Leaving Certificate Examination, 1920
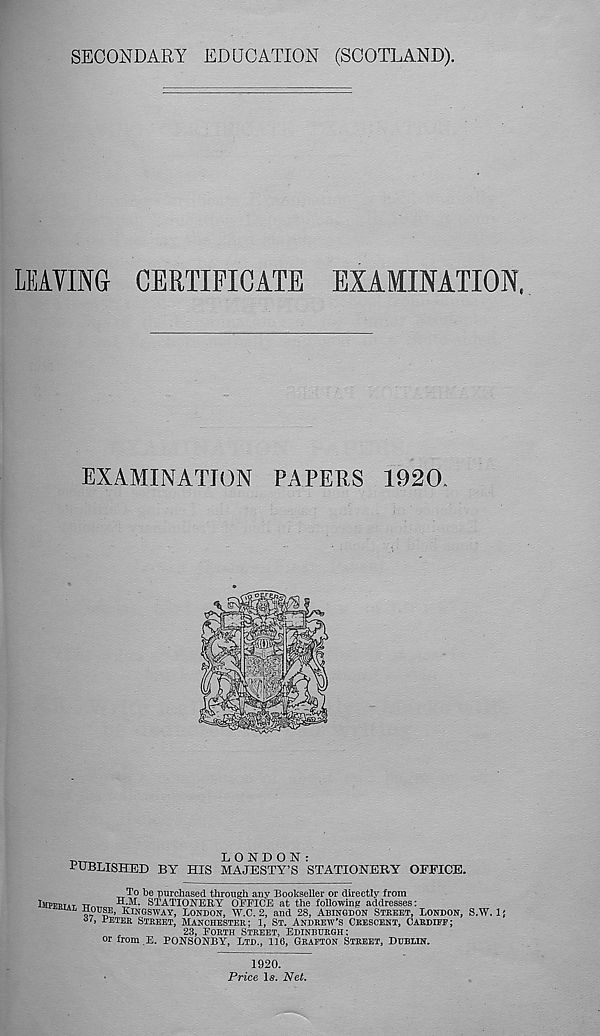
SECONDARY EDUCATION (SCOTLAND).
LEAVING CERTIFICATE EXAMINATION,
EXAMINATION PAPERS 1920.
T1TT
LONDON:
PUBLISHED BY HIS MAJESTY’S STATIONERY OFFICE.
To be purchased through any Bookseller or directly from
IMPERTAT TT™ H-M. STATIONERY OETTCE at the following addresses:
Q, S
E > KIHGSWAY, LONDON, W.C. 2, and 28, ABINODON STREET, LONDON, S.W. 1 j
at, DETER STREET, MANCHESTER; 1, ST. ANDREW’S CRESCENT, CARDIEE;
„
23, FORTH STREET, EDINBURGH:
or from E. PONSONBY, LTD., 116, GRAFTON STREET, DUBIIN.
1920.
Price Is. Net.